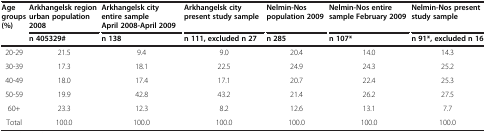
<table><thead><tr><td><b>Age groups (%)</b></td><td><b>Arkhangelsk region urban population 2008</b></td><td><b>Arkhangelsk city entire sample April 2008-April 2009</b></td><td><b>Arkhangelsk city present study sample</b></td><td><b>Nelmin-Nos population 2009</b></td><td><b>Nelmin-Nos entire sample February 2009</b></td><td><b>Nelmin-Nos present study sample</b></td></tr><tr><td><b> </b></td><td><b>n 405329#</b></td><td><b>n 138</b></td><td><b>n 111, excluded n 27</b></td><td><b>n 285</b></td><td><b>n 107*</b></td><td><b>n 91*, excluded n 16</b></td></tr></thead><tbody><tr><td>20-29</td><td>21.5</td><td>9.4</td><td>9.0</td><td>20.4</td><td>14.0</td><td>14.3</td></tr><tr><td>30-39</td><td>17.3</td><td>18.1</td><td>22.5</td><td>24.9</td><td>24.3</td><td>25.2</td></tr><tr><td>40-49</td><td>18.0</td><td>17.4</td><td>17.1</td><td>20.7</td><td>22.4</td><td>25.3</td></tr><tr><td>50-59</td><td>19.9</td><td>42.8</td><td>43.2</td><td>21.4</td><td>26.2</td><td>27.5</td></tr><tr><td>60+</td><td>23.3</td><td>12.3</td><td>8.2</td><td>12.6</td><td>13.1</td><td>7.7</td></tr><tr><td>Total</td><td>100.0</td><td>100.0</td><td>100.0</td><td>100.0</td><td>100.0</td><td>100.0</td></tr></tbody></table>